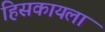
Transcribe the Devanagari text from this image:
हिसकायला